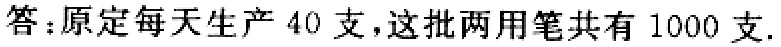
答：原定每天生产 40 支，这批两用笔共有 1000 支.